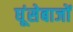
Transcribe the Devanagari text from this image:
घूंसेबाजों